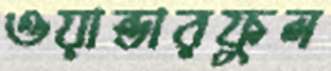
ওয়ান্ডারফুল